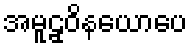
အမူဠှဝိနယောပေ